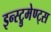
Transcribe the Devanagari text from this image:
इन्स्ट्रुमेण्ट्स